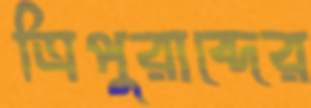
ত্রিপুরাব্দের